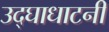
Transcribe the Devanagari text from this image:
उद्घाधाटनी